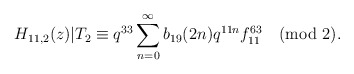
\begin{align*}H_{11,2}(z)|T_2\equiv q^{33}\sum_{n=0}^{\infty}b_{19}(2n)q^{11n}f^{63}_{11}\pmod{2}.\end{align*}